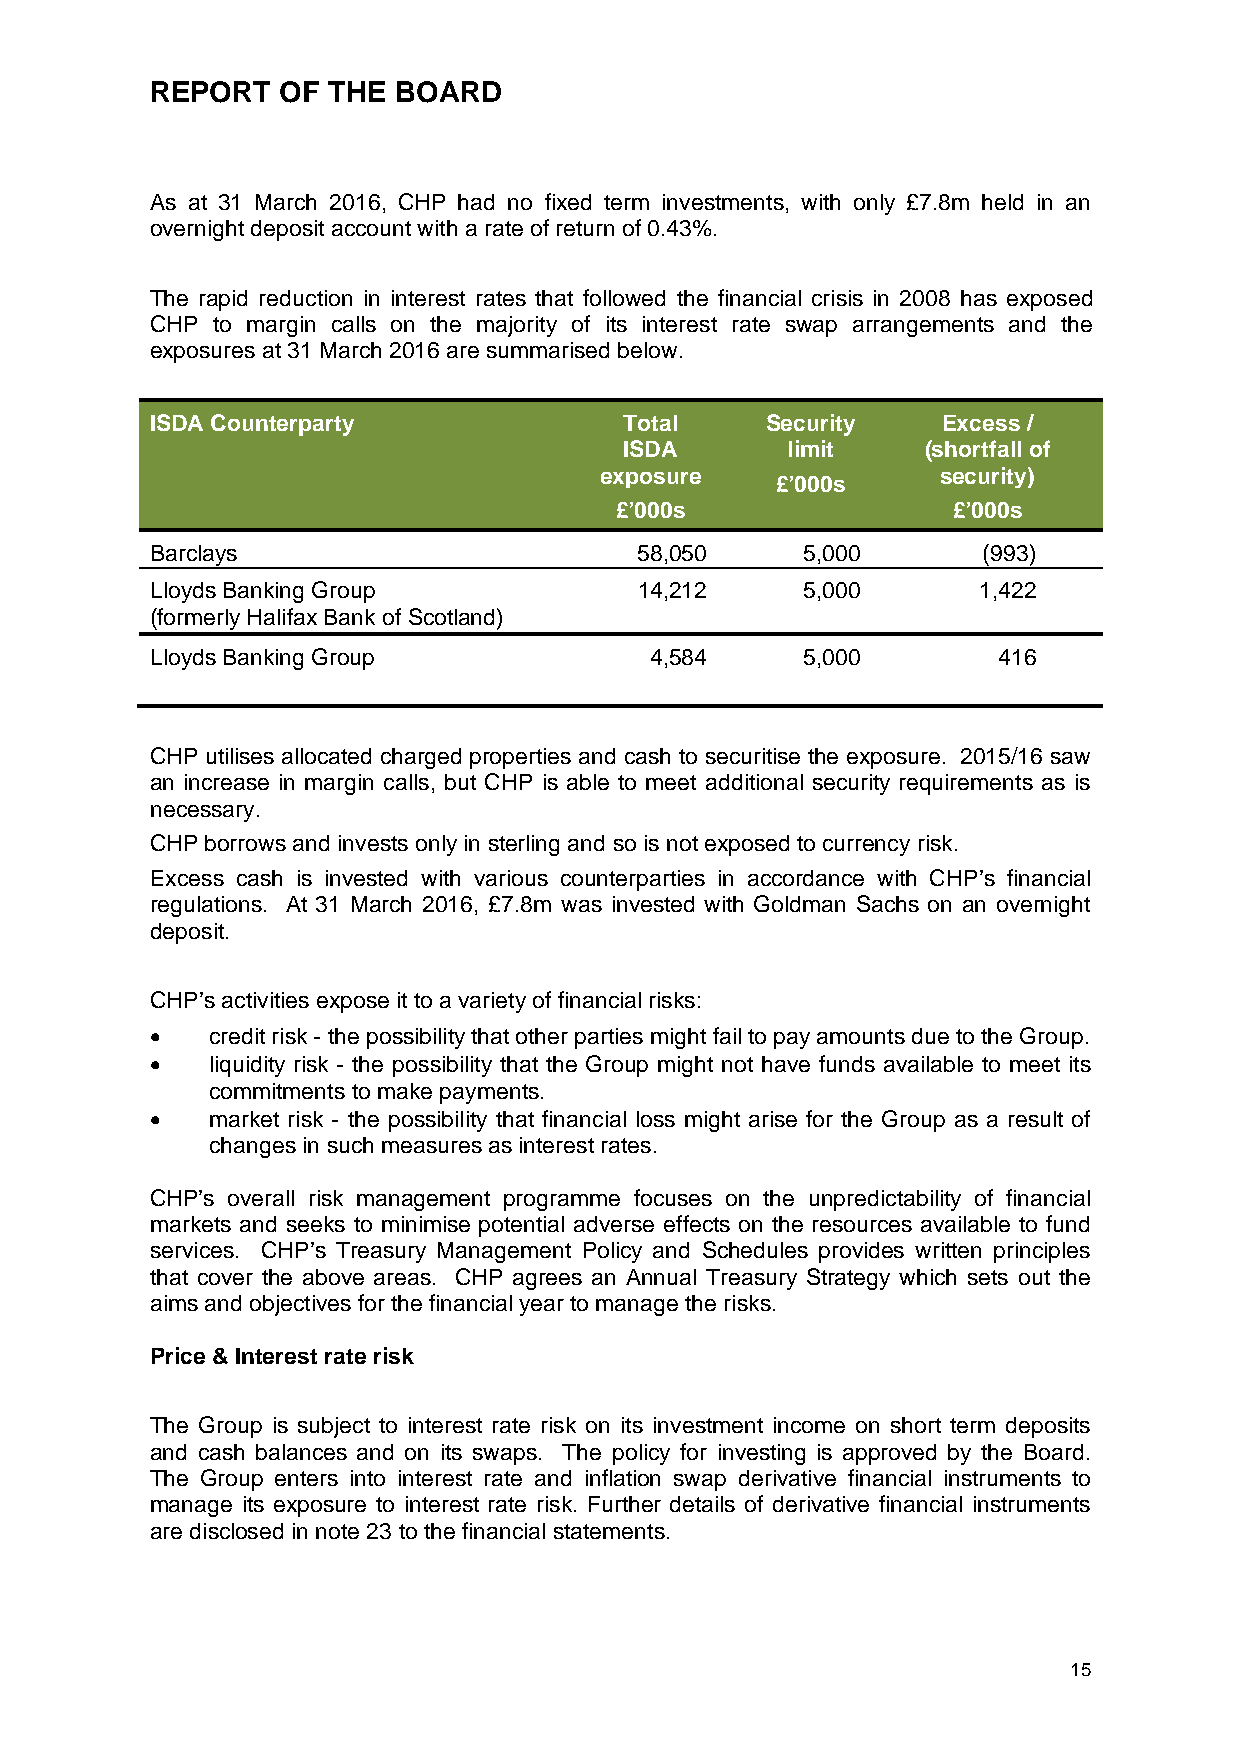
REPORT   OF THE BOARD
 As at 31 March 2016, CHP had no fixed term investments, with only £7.8m held in an
 overnight deposit account with a rate of return of 0.43%.
 The rapid reduction in interest rates that followed the financial crisis in 2008 has exposed
 CHP to margin calls on the majority of its interest rate swap arrangements and the
 exposures at 31 March 2016 are summarised below.
 ISDA Counterparty              Total     Security   Excess /
 ISDA       limit    (shortfall of
 exposure              security)
 £’000s
 £’000s                £’000s
 Barclays                        58,050     5,000       (993)
 Lloyds Banking Group            14,212     5,000       1,422
 (formerly Halifax Bank of Scotland)
 Lloyds Banking Group             4,584     5,000        416
 CHP utilises allocated charged properties and cash to securitise the exposure. 2015/16 saw
 an increase in margin calls, but CHP is able to meet additional security requirements as is
 necessary.
 CHP borrows and invests only in sterling and so is not exposed to currency risk.
 Excess cash is invested with various counterparties in accordance with CHP’s financial
 regulations. At 31 March 2016, £7.8m was invested with Goldman Sachs on an overnight
 deposit.
 CHP’s activities expose it to a variety of financial risks:
    credit risk - the possibility that other parties might fail to pay amounts due to the Group.
    liquidity risk - the possibility that the Group might not have funds available to meet its
 commitments to make payments.
    market risk - the possibility that financial loss might arise for the Group as a result of
 changes in such measures as interest rates.
 CHP’s overall risk management programme focuses on the unpredictability of financial
 markets and seeks to minimise potential adverse effects on the resources available to fund
 services. CHP’s Treasury Management Policy and Schedules provides written principles
 that cover the above areas. CHP agrees an Annual Treasury Strategy which sets out the
 aims and objectives for the financial year to manage the risks.
 Price & Interest rate risk
 The Group is subject to interest rate risk on its investment income on short term deposits
 and cash balances and on its swaps. The policy for investing is approved by the Board.
 The Group enters into interest rate and inflation swap derivative financial instruments to
 manage its exposure to interest rate risk. Further details of derivative financial instruments
 are disclosed in note 23 to the financial statements.
 15